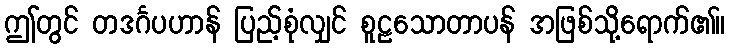
ဤတွင် တဒင်္ဂပဟာန် ပြည့်စုံလျှင် စူဠသောတာပန် အဖြစ်သို့ရောက်၏။